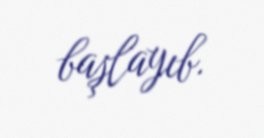
başlayıb.